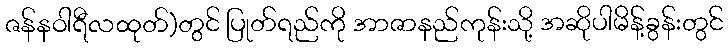
ဇန်နဝါရီလထုတ်)တွင် ပြုတ်ရည်ကို အာဇာနည်ကုန်းသို့ အဆိုပါမိန့်ခွန်းတွင်